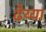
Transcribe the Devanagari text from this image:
ढैय्या